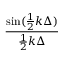
\frac { \sin ( \frac { 1 } { 2 } k \Delta ) } { \frac { 1 } { 2 } k \Delta }